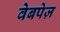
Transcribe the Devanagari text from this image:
वेबपेज़